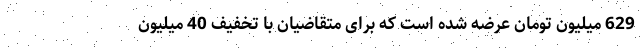
629 میلیون تومان عرضه شده است که برای متقاضیان با تخفیف 40 میلیون